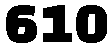
610